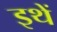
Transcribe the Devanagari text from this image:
इथें